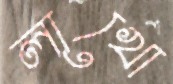
লাখো